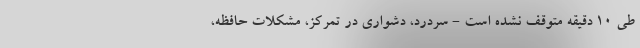
طی 10 دقیقه متوقف نشده است - سردرد، دشواری در تمرکز، مشکلات حافظه،